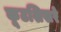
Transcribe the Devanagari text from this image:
कूटशिखरे